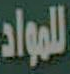
للمواد